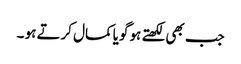
جب بھی لکھتے ہو گویا کمال کرتے ہو ۔